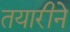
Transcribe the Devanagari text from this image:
तयारीने